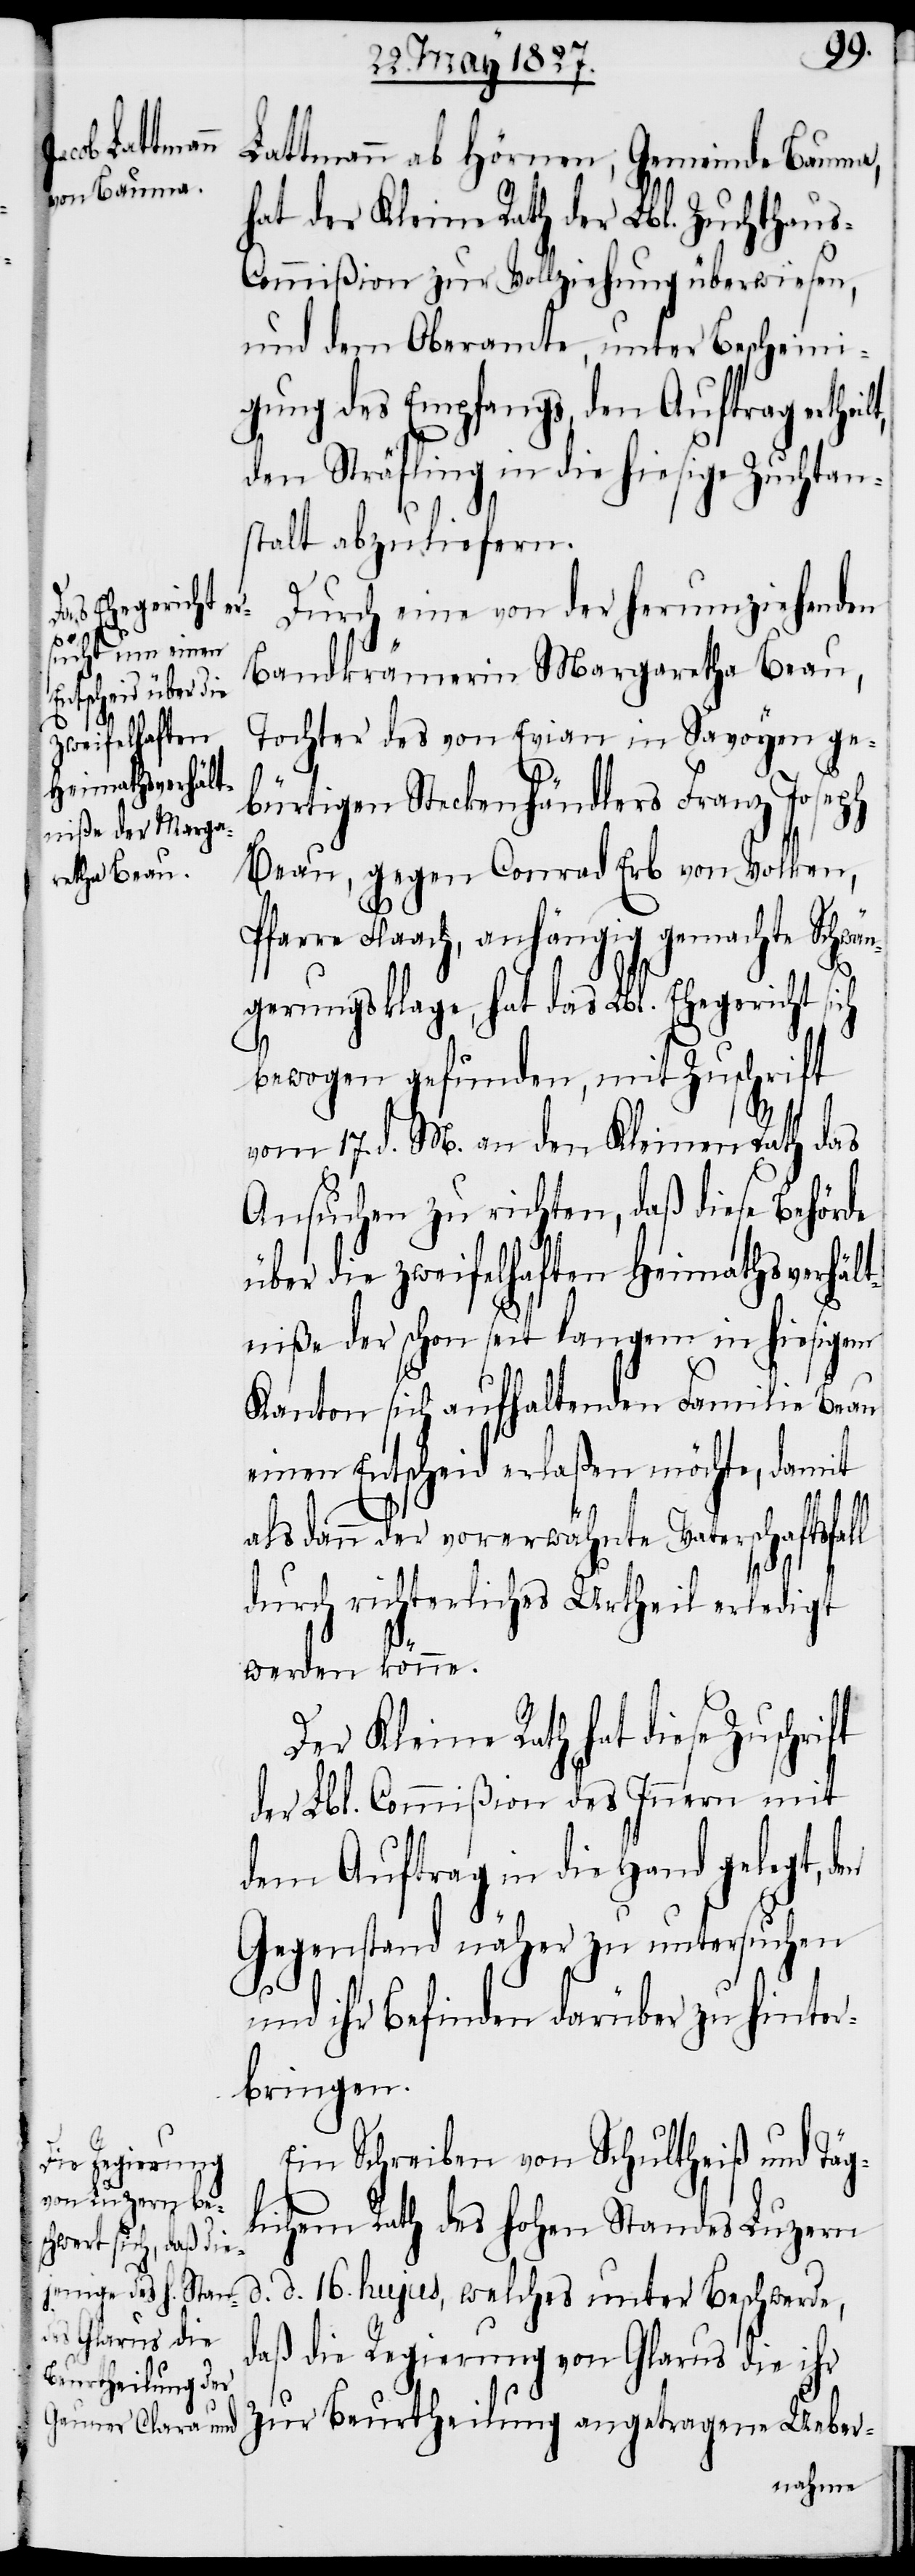
Lattmann ab Hörnen, Gemeinde Bauma,
hat der Kleine Rath der Lbl. Zuchthau¬
s-Commißion zur Vollziehung überwiesen,
und dem Oberamt, unter Bescheini¬
gung des Empfangs, den Auftrag erthei¬
den Sträfling in die hiesige Zuchtan¬
stalt abzuliefern.
Durch eine von der herumziehenden
Bandkrämerin Margaretha Beau,
Tochter des von Evian in Savoyen ge¬
bürtigen Steckenhändlers Franz Joseph
Beau, gegen Conrad Erb von Volken,
Pfarre Flaach, anhängig gemachte Schwän¬
gerungsklage, hat das Lbl. Ehegericht si¬
bewogen gefunden, mit Zuschrift
vom 17. d. M. an den Kleinen Rath das
Ansuchen zu richten, daß diese Behörde
über die zweifelhaften Heimathsverhält¬
niße der schon seit langem in hiesigem
Kanton sich aufhaltenden Familie Beau
einen Entscheid erlaßen möchte, damit
ft
alsdann der vorerwähnte Vaterschaftsfall
durch richterliches Urtheil erledigt
werden könne.
Der Kleine Rath hat diese Zuschri¬
der Lbl. Commißion des Innern mit
dem Auftrag in die Hand gelegt, den
Gegenstand näher zu untersuchen
und ihr Befinden darüber zu hinter¬
bringen.
Ein Schreiben von Schultheiß und Täg¬
lichem Rath des hohen Standes Luzern
d.
d. 16. hujus, welches unter Beschwerde,
daß die Regierung von Glarus die ihr
zur Beurtheilung angetragene Ueber-